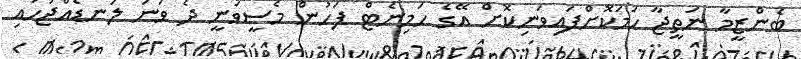
ބެންޒީމާ ނަތީޖާ ހަމަކޮށްފައިވަނިކޮށް އޭގެ ހަމިނެޓް ފަހުން މެސީވަނީ ދެ ވަނަ ލަނޑެއްޖަހައި